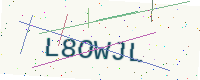
Text: L8OWJL